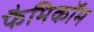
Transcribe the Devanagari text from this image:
फैमिकॉम